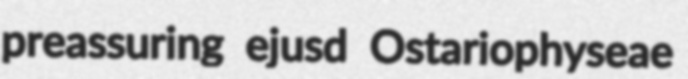
preassuring ejusd Ostariophyseae